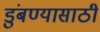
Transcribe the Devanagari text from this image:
डुंबण्यासाठी